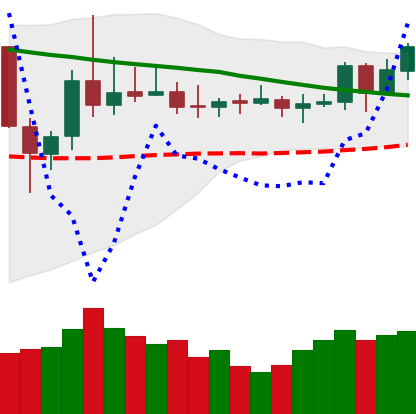
Ticker: DOGE-USD
Chart end date: 2019-11-10
Forward return: -4.252%
Label: down_3_5